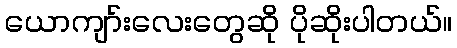
ယောကျာ်းလေးတွေဆို ပိုဆိုးပါတယ်။